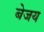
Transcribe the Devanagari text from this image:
बेजय